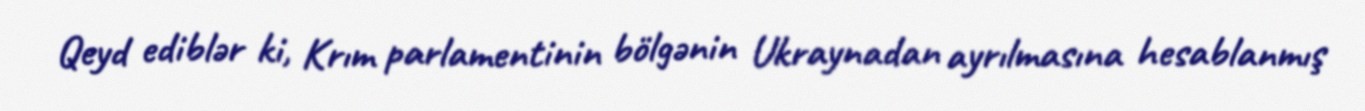
Qeyd ediblər ki, Krım parlamentinin bölgənin Ukraynadan ayrılmasına hesablanmış